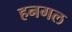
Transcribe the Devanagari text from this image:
हनगल